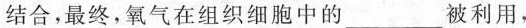
结合，最终，氧气在组织细胞中的____被利用，